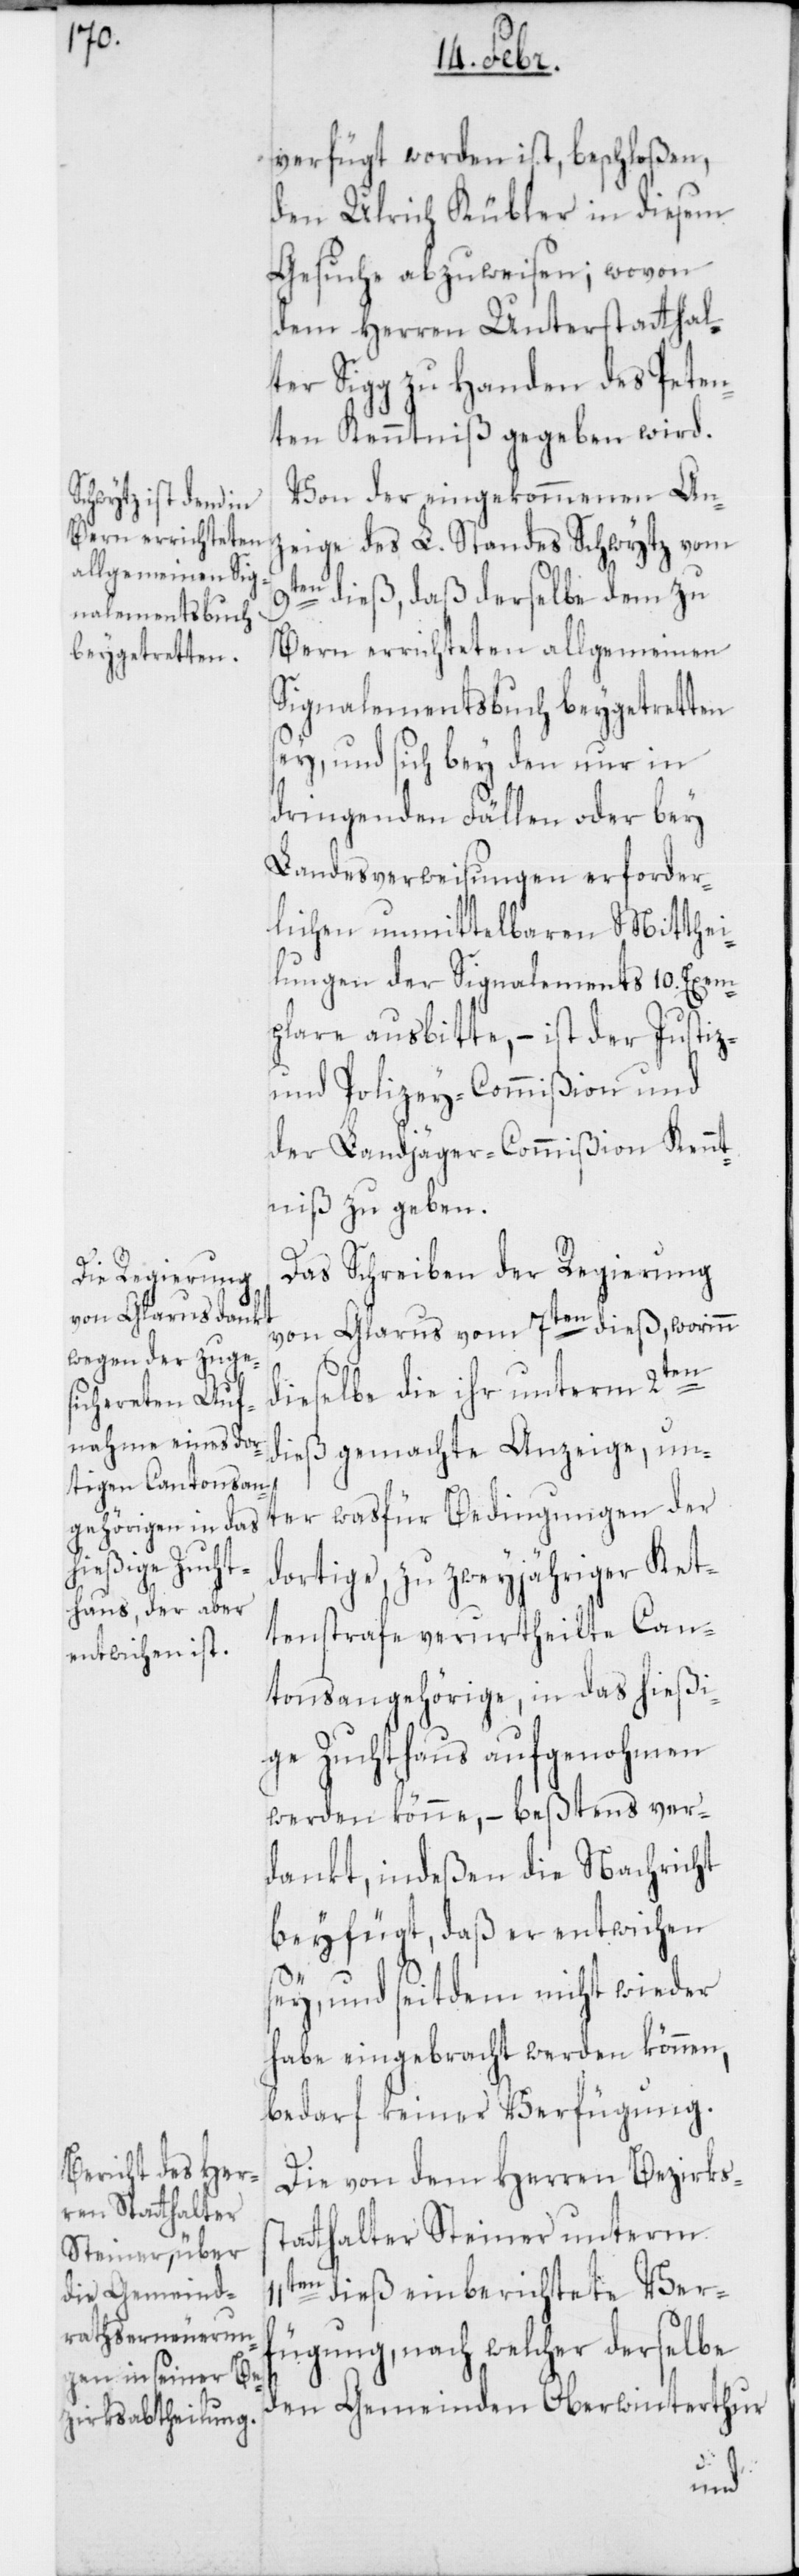
fügt worden ist, beschloßen,
den Ulrich Kübler in diesem
Gesuche abzuweisen; wovon
dem Herren Unterstatthal¬
ter Sigg zu Handen des Peten¬
ten Kenntniß gegeben wird.
Von der eingekommenen Anz¬
eige des L. Standes Schwytz vom
9ten dieß, daß derselbe dem zu
Bern errichteten allgemeinen
Signalementsbuch beygetretten
sey, und sich bey den nur in
dringenden Fällen oder bey
Landesverweisungen erforder¬
lichen unmittelbaren Mitthei¬
lungen der Signalements 10. Exem¬
plare ausbitte, – ist der Justiz-
und Polizey-Commißion und
der Landjäger-Commißion Kennt¬
niß zu geben.
Das Schreiben der Regierung
von Glarus vom 7ten dieß, worinn
dieselbe die ihr unterm 2ten
dieß gemachte Anzeige, un¬
ter was für Bedingungen der
dortige, zu zweyjähriger Ket¬
tenstrafe verurtheilte Can¬
tonsangehörige, in das hießi¬
ge Zuchthaus aufgenohmen
werden könne, – beßtens ver¬
dankt, indeßen die Nachricht
beyfügt, daß er entwichen
sey, und seitdem nicht wieder
habe eingebracht werden können;
bedarf keiner Verfügung.
Die von dem Herren Bezirkss¬
tatthalter Steiner unterm
11ten dieß einberichtete Ver¬
fügung, nach welcher derselbe
den Gemeinden Oberwinterthur